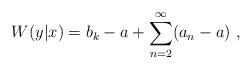
LaTeX: \begin{align*}W(y|x) = b_k - a + \sum_{n=2}^\infty ( a_n - a) \ ,\end{align*}